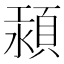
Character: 𩒴